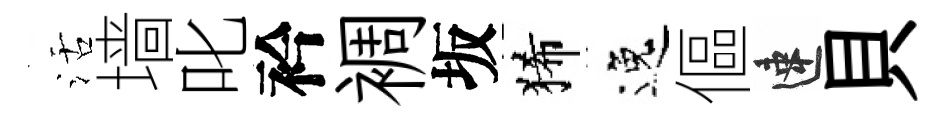
活墙叱衿裯坂狶逸傴速貝